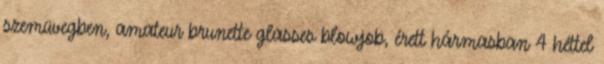
szemüvegben, amateur brunette glasses blowjob, érett hármasban 4 héttel